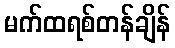
မက်ထရစ်တန်ချိန်